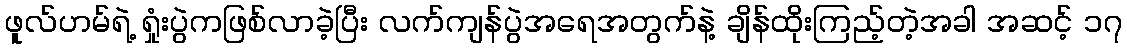
ဖူလ်ဟမ်ရဲ့ ရှုံးပွဲကဖြစ်လာခဲ့ပြီး လက်ကျန်ပွဲအရေအတွက်နဲ့ ချိန်ထိုးကြည့်တဲ့အခါ အဆင့် ၁၇